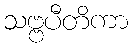
သဗ္ဗပီတိကာ